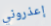
إعذروني